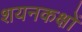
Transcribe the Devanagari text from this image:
शयनकक्षों